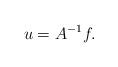
LaTeX: \begin{align*}u=A^{-1}f.\end{align*}